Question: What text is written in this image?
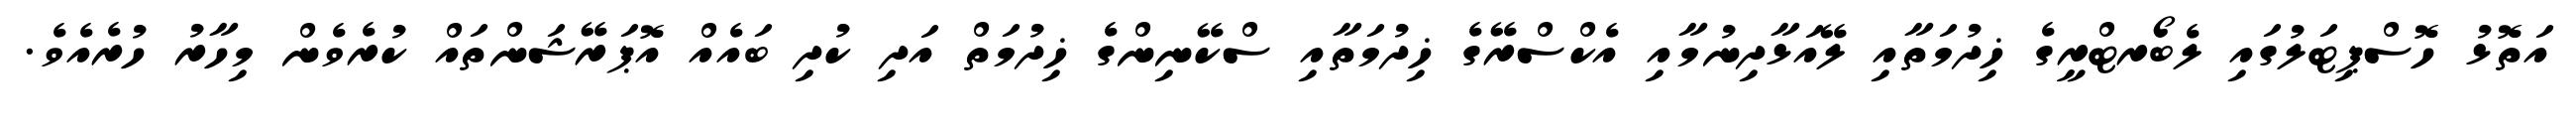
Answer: އަތޮޅު ހޮސްޕިޓަލުގައި ލެބޯރޓްރީގެ ޚިދުމަތާއި ލޭއަޅާދިނުމާއި އެކްސްރޭގެ ޚިދުމަތާއި ސްކޭނިންގެ ޚިދުމަތް އަދި ކުދި ބައެއް އޮޕަރޭޝަންތައް ކުރެވެން މިހާރު ހުރެއެވެ.